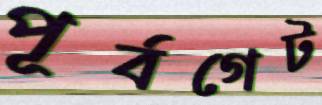
পূর্বগেট